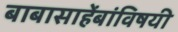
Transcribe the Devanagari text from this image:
बाबासाहेंबांविषयी